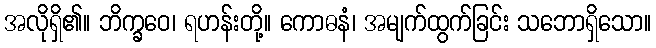
အလိုရှိ၏။ ဘိက္ခဝေ၊ ရဟန်းတို့။ ကောဓနံ၊ အမျက်ထွက်ခြင်း သဘောရှိသော။